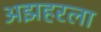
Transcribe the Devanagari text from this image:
अझहरला